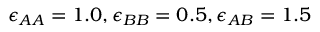
\epsilon _ { A A } = 1 . 0 , \epsilon _ { B B } = 0 . 5 , \epsilon _ { A B } = 1 . 5